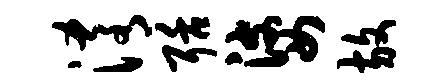
淆聒婆放